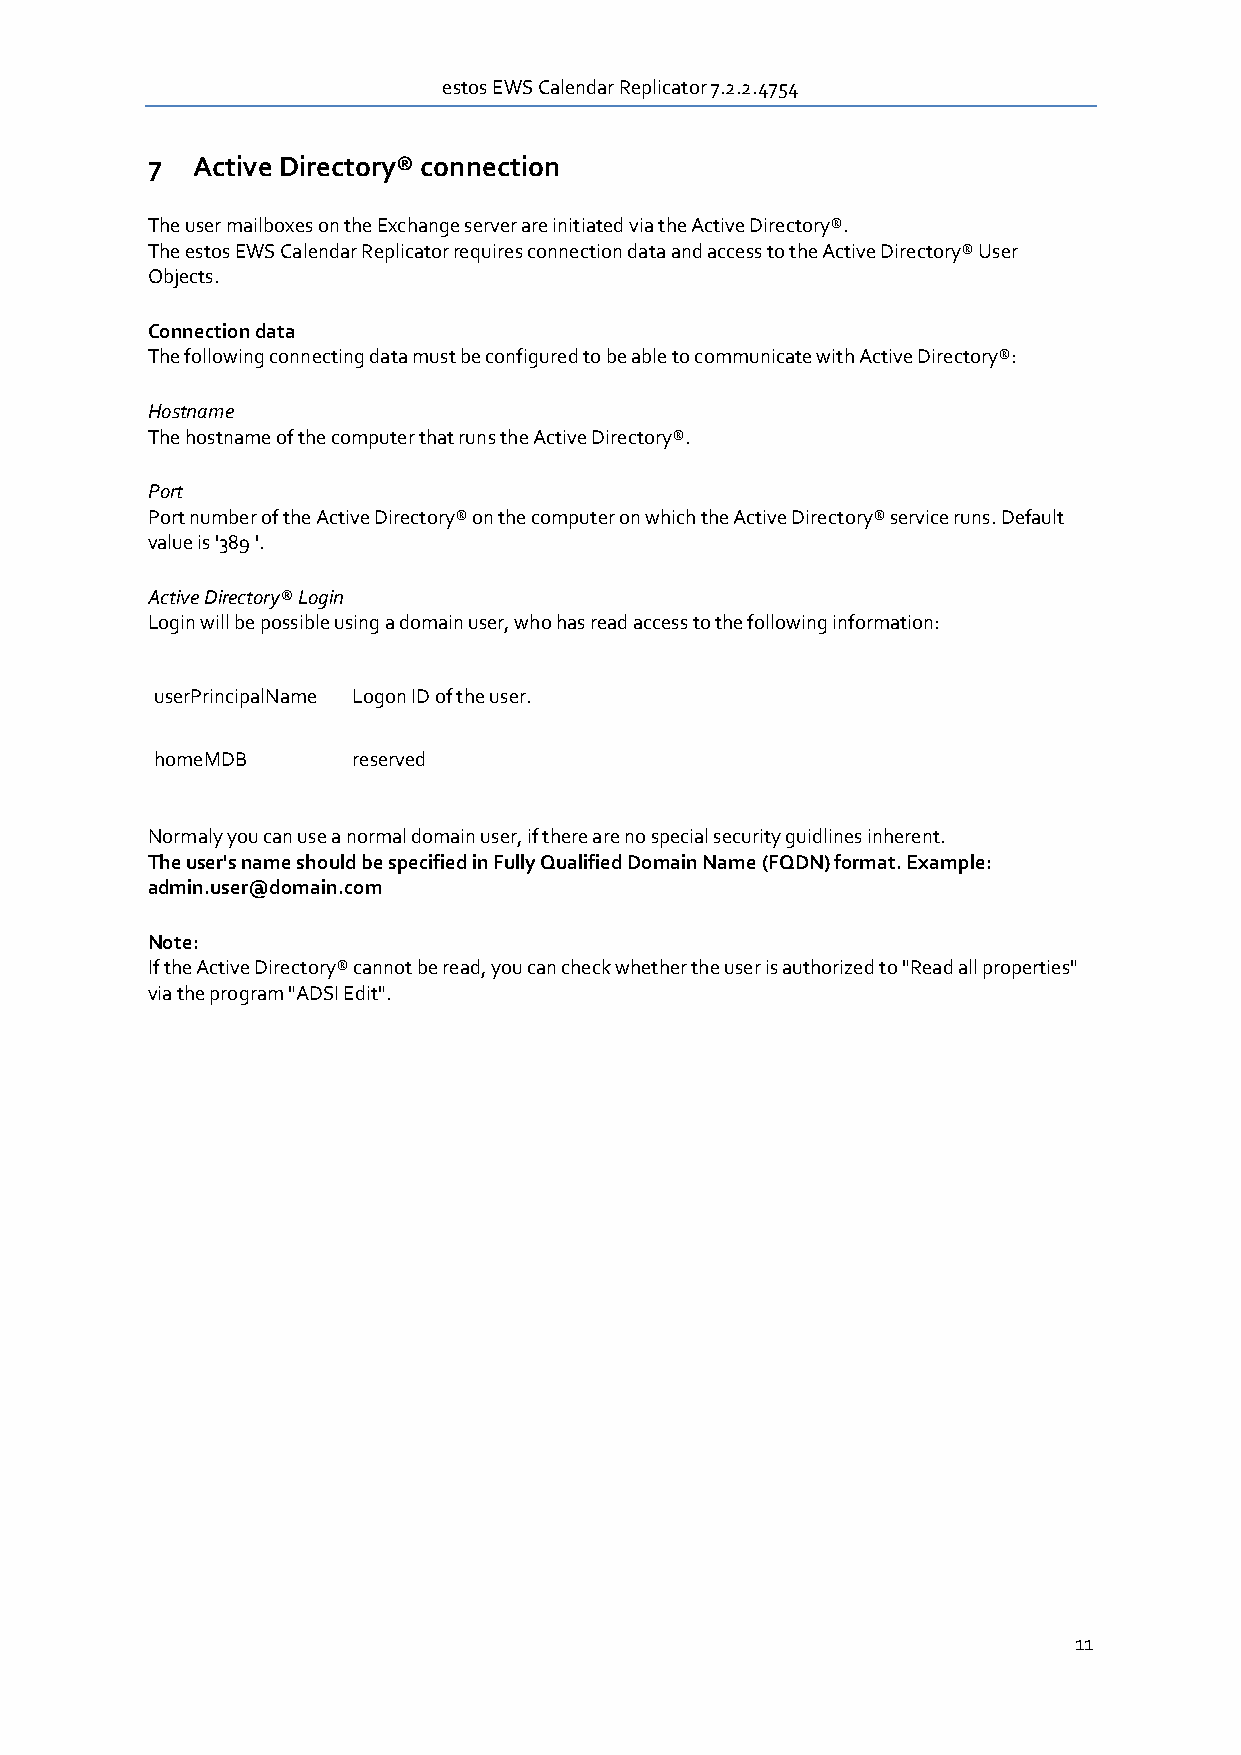
estos EWS Calendar Replicator 7.2.2.4754
 7  Active Directory® connection
 The user mailboxes on the Exchange server are initiated via the Active Directory®.
 The estos EWS Calendar Replicator requires connection data and access to the Active Directory® User
 Objects.
 Connection data
 The following connecting data must be configured to be able to communicate with Active Directory®:
 Hostname
 The hostname of the computer that runs the Active Directory®.
 Port
 Port number of the Active Directory® on the computer on which the Active Directory® service runs. Default
 value is '389 '.
 Active Directory® Login
 Login will be possible using a domain user, who has read access to the following information:
 userPrincipalName Logon ID of the user.
 homeMDB      reserved
 Normaly you can use a normal domain user, if there are no special security guidlines inherent.
 The user's name should be specified in Fully Qualified Domain Name (FQDN) format. Example:
 admin.user@domain.com
 Note:
 If the Active Directory® cannot be read, you can check whether the user is authorized to "Read all properties"
 via the program "ADSI Edit".
 11